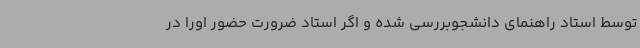
توسط استاد راهنمای دانشجوبررسی شده و اگر استاد ضرورت حضور اورا در